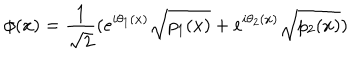
\phi ( x ) = \frac { 1 } { \sqrt { 2 } } ( e ^ { i \theta _ { 1 } ( x ) } \sqrt { p _ { 1 } ( x ) } + e ^ { i \theta _ { 2 } ( x ) } \sqrt { p _ { 2 } ( x ) } )